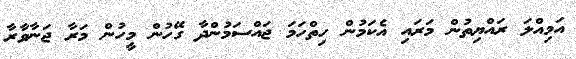
އަމިއްލަ ރައްޔިތުން މަރައި އެކަމުން ހިތްހަމަ ޖައްސަމުންދާ ގޭހުން މީހުން މަރާ ޖަނާވާރާ